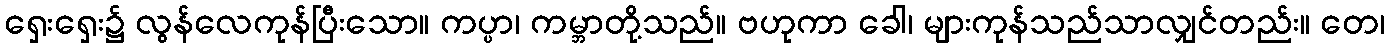
ရှေးရှေး၌ လွန်လေကုန်ပြီးသော။ ကပ္ပာ၊ ကမ္ဘာတို့သည်။ ဗဟုကာ ခေါ၊ များကုန်သည်သာလျှင်တည်း။ တေ၊